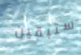
ستبقين